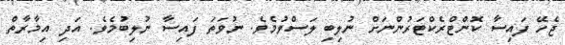
ޖެހޭ ފައިސާ ކޮންޓްރެކްޓަރުންނަށް ނުލިބި ލަސްވުމެވެ. ނުވަތަ ފައިސާ ނުލިބުމެވެ. އަދި އިމާރާތް